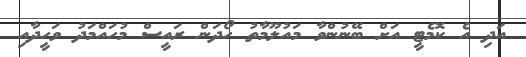
އަދި އެ ކޮމެޓީ އަށް ބޭނުންވާ މައުލޫމާތު ހޯދަން ރައީސް މުހައްމަދު ވަހީދާއި